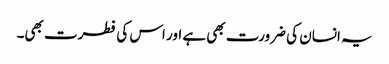
یہ انسان کی ضرورت بھی ہے اور اس کی فطرت بھی۔